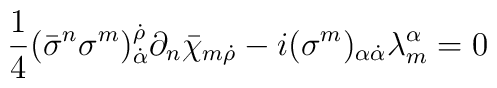
\frac{1}{4}(\bar{\sigma}^{n}\sigma^{m})^{\dot{\rho}}_{\dot{\alpha}}\partial_n \bar{\chi}_{m \dot{\rho}}- i(\sigma^{m})_{\alpha {\dot{\alpha}}}\lambda^{\alpha}_{m} = 0